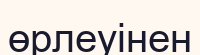
өрлеуінен